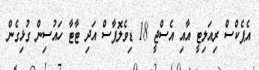
އެޕެކްސް ރިއަލިޓީ އާއި އެސްޖީ 18 ޑިވެލޮޕާސް އަދި ޓާޓާ ހައުސިން ގުޅިގެން